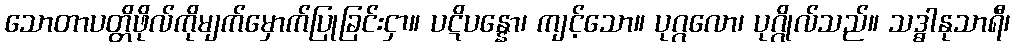
သောတာပတ္တိဖိုလ်ကိုမျက်မှောက်ပြုခြင်းငှာ။ ပဋိပန္နော၊ ကျင့်သော။ ပုဂ္ဂလော၊ ပုဂ္ဂိုလ်သည်။ သဒ္ဓါနုသာရီ၊